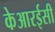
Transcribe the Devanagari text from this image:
केआरईसी